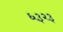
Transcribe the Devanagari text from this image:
६३२३